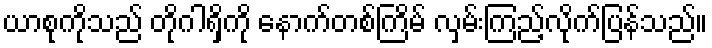
ယာစုကိုသည် တိုဂါရှိကို နောက်တစ်ကြိမ် လှမ်းကြည့်လိုက်ပြန်သည်။